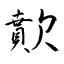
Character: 歕